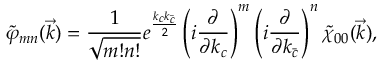
\tilde { \varphi } _ { m n } ( \vec { k } ) = \frac { 1 } { \sqrt { m ! n ! } } e ^ { \frac { k _ { c } k _ { \bar { c } } } { 2 } } \left( i \frac { \partial } { \partial k _ { c } } \right) ^ { m } \left( i \frac { \partial } { \partial k _ { \bar { c } } } \right) ^ { n } \tilde { \chi } _ { 0 0 } ( \vec { k } ) ,